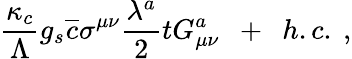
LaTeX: \frac{\kappa_{c}}{\Lambda}g_{s}\overline{{{c}}}\sigma^{\mu\nu}\frac{\lambda^{a}}{2}tG_{\mu\nu}^{a}~~+~~h.c.~,